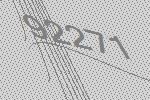
92271